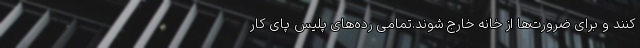
کنند و برای ضرورت‌ها از خانه خارج شوند.تمامی رده‌های پلیس پای کار